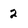
Character: 2